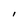
Character: l